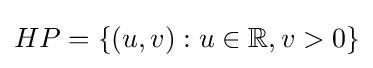
HP=\{(u,v):u\in \mathbb {R} ,v>0\}